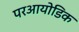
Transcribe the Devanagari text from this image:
परआयोडिक